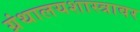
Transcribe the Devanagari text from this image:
ग्रंथालयशास्त्रावर